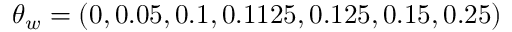
\theta _ { w } = ( 0 , 0 . 0 5 , 0 . 1 , 0 . 1 1 2 5 , 0 . 1 2 5 , 0 . 1 5 , 0 . 2 5 )